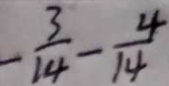
- \frac { 3 } { 1 4 } - \frac { 4 } { 1 4 }